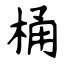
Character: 桶